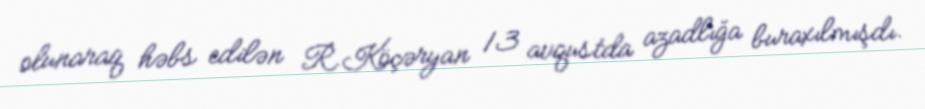
olunaraq həbs edilən R.Köçəryan 13 avqustda azadlığa buraxılmışdı.